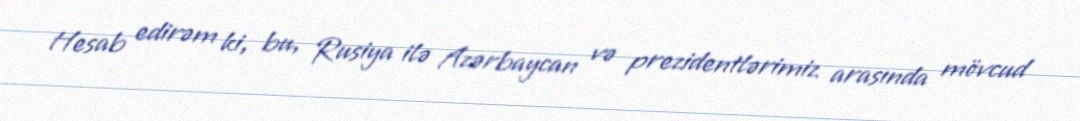
Hesab edirəm ki, bu, Rusiya ilə Azərbaycan və prezidentlərimiz arasında mövcud